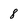
Character: 8